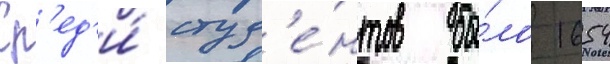
Ср'ед'и́ студ'е́нтов бы́ло 1654